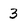
Character: 3